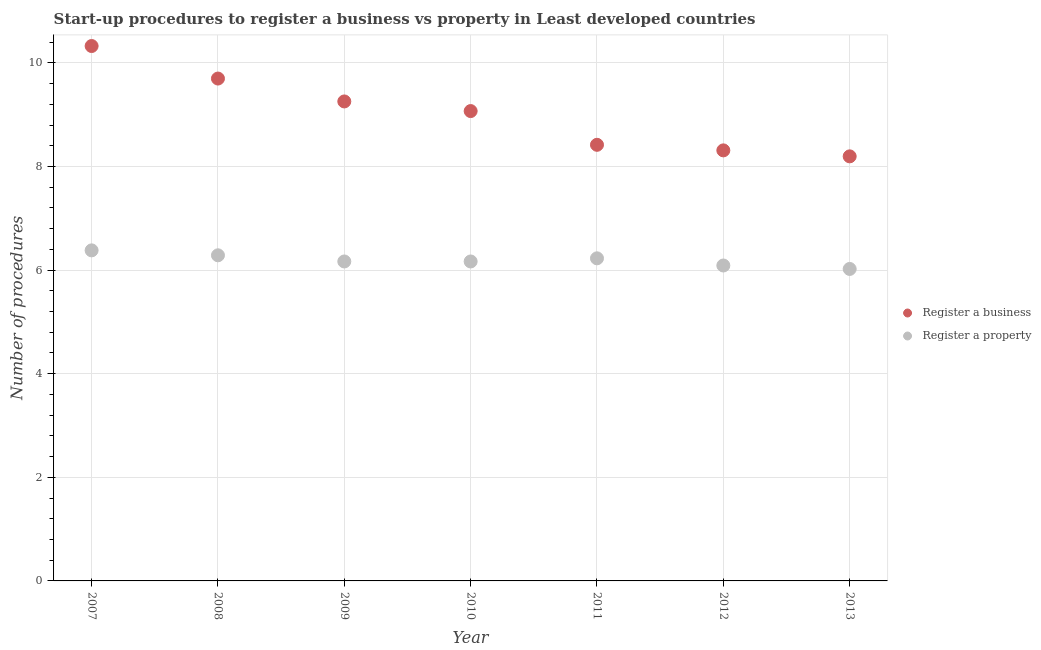
| Year | Register a business | Register a property |
 | --- | --- | --- |
 | 2007 | 10.3 | 6.38 |
 | 2008 | 9.7 | 6.29 |
 | 2009 | 9.26 | 6.17 |
 | 2010 | 9.07 | 6.17 |
 | 2011 | 8.42 | 6.23 |
 | 2012 | 8.31 | 6.09 |
 | 2013 | 8.2 | 6.02 |